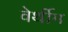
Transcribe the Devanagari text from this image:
वेर्थीम